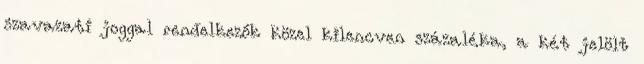
szavazati joggal rendelkezők közel kilencven százaléka, a két jelölt